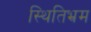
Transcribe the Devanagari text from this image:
स्थितिभ्रम